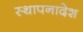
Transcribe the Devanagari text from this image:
स्थापनादेश